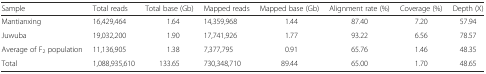
<table><thead><tr><td><b>Sample</b></td><td><b>Total reads</b></td><td><b>Total base (Gb)</b></td><td><b>Mapped reads</b></td><td><b>Mapped base (Gb)</b></td><td><b>Alignment rate (%)</b></td><td><b>Coverage (%)</b></td><td><b>Depth (X)</b></td></tr></thead><tbody><tr><td>Mantianxing</td><td>16,429,464</td><td>1.64</td><td>14,359,968</td><td>1.44</td><td>87.40</td><td>7.20</td><td>57.94</td></tr><tr><td>Juwuba</td><td>19,032,200</td><td>1.90</td><td>17,741,926</td><td>1.77</td><td>93.22</td><td>6.56</td><td>78.57</td></tr><tr><td>Average of F<sub>2</sub> population</td><td>11,136,905</td><td>1.38</td><td>7,377,795</td><td>0.91</td><td>65.76</td><td>1.46</td><td>48.35</td></tr><tr><td>Total</td><td>1,088,935,610</td><td>133.65</td><td>730,348,710</td><td>89.44</td><td>65.00</td><td>1.70</td><td>48.65</td></tr></tbody></table>